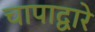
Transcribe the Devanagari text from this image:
चापाद्वारे